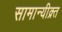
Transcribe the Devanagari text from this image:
सामान्यीक्र्त